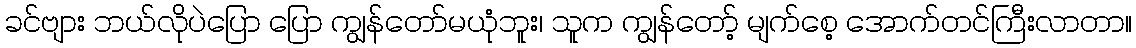
ခင်ဗျား ဘယ်လိုပဲပြော ပြော ကျွန်တော်မယုံဘူး၊ သူက ကျွန်တော့် မျက်စေ့ အောက်တင်ကြီးလာတာ။